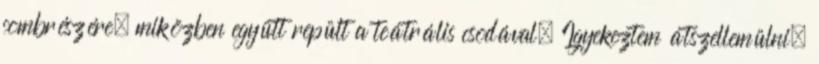
combrészére, miközben együtt repült a teátrális csodával. Igyekeztem átszellemülni,